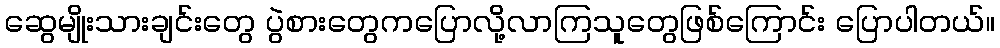
ဆွေမျိုးသားချင်းတွေ ပွဲစားတွေကပြောလို့လာကြသူတွေဖြစ်ကြောင်း ပြောပါတယ်။